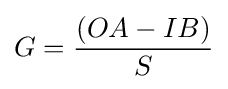
G={\frac {(OA-IB)}{S}}